65_HS1-834228961_62-HQ-83894_Section_1
Agency: FBI
Page 16
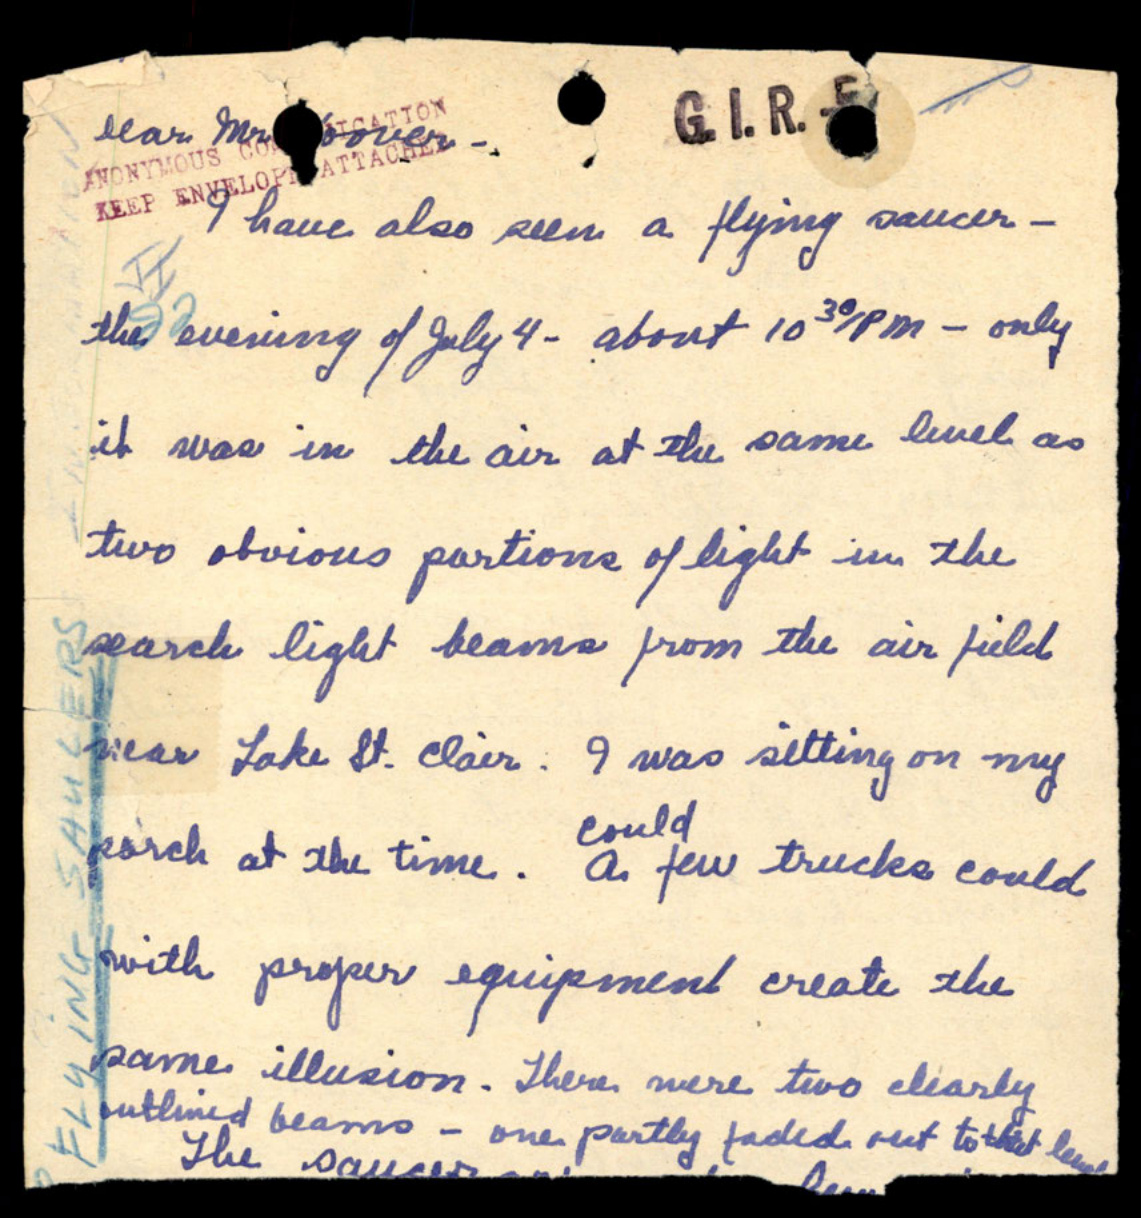